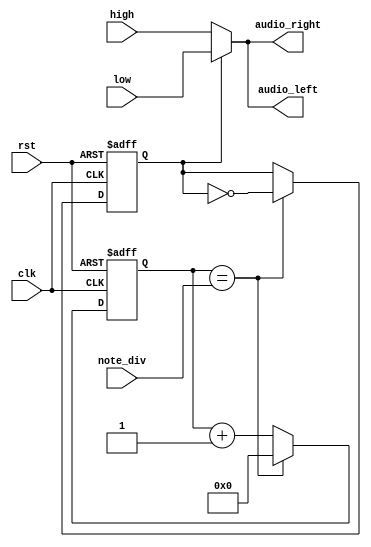
`timescale 1ns / 1ps
//////////////////////////////////////////////////////////////////////////////////
// Company: 
// Engineer: 
// 
// Design Name: 
// Module Name: buzzer_control
// Project Name: 
// Target Devices: 
// Tool Versions: 
// Description: 
// 
// Dependencies: 
// 
// Revision:
// Revision 0.01 - File Created
// Additional Comments:
// 
//////////////////////////////////////////////////////////////////////////////////


module buzzer_control(clk, rst, high, low, note_div, audio_left, audio_right);
    input clk, rst;
    input [15:0] high;
    input [15:0] low;
    input [21:0] note_div;
    output [15:0] audio_left;
    output [15:0] audio_right;
    
    reg [21:0] clk_cnt_next, clk_cnt;
    reg b_clk, b_clk_next;
    
    always @(posedge clk or negedge rst) begin
        if(~rst) begin
            clk_cnt <= 22'd0;
            b_clk <= 1'b0; 
        end
        else begin
            clk_cnt <= clk_cnt_next;
            b_clk <= b_clk_next;
        end
    end
    
    always @* begin
        if(clk_cnt == note_div) begin
            clk_cnt_next = 22'd0;
            b_clk_next = ~b_clk;
        end
        else begin
            clk_cnt_next = clk_cnt + 1'b1;
            b_clk_next = b_clk;
        end
    end
    
    assign audio_left = (b_clk == 1'b0) ? high : low;
    assign audio_right = (b_clk == 1'b0) ? high : low;
    
endmodule